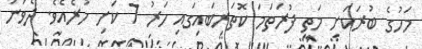
މަހުގެ ބުރަކަށި މަތީ ފުރަތަމަ ކޮތަރިބައިގައި ހަރު 7 ކަށި ހުރެއެވެ. ދެވަނަ